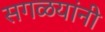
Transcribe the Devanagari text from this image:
सगळयांनी